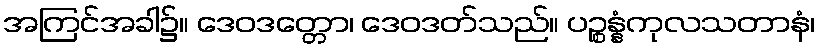
အကြင်အခါ၌။ ဒေဝဒတ္တော၊ ဒေဝဒတ်သည်။ ပဉ္စန္နံကုလသတာနံ၊